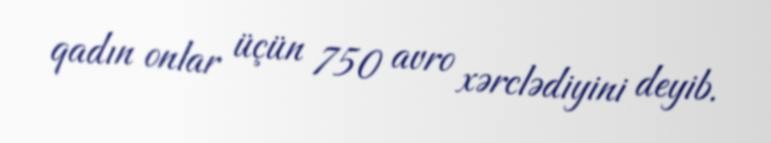
qadın onlar üçün 750 avro xərclədiyini deyib.